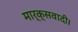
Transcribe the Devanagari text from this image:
मार्क्सवादी।